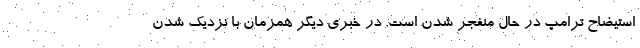
استیضاح ترامپ در حال منفجر شدن است. در خبری دیگر همزمان با نزدیک شدن